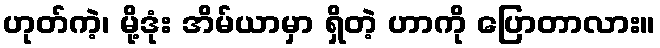
ဟုတ်ကဲ့၊ မို့ဒုံး အိမ်ယာမှာ ရှိတဲ့ ဟာကို ပြောတာလား။